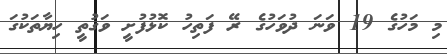
މި މަހުގެ 19 ވަނަ ދުވަހުގެ ރޭ ފަތިހު ކޮޅުފުށީ ވަގުތީ ހިޔާތަކުގަ